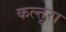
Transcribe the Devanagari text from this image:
कल्तूरा